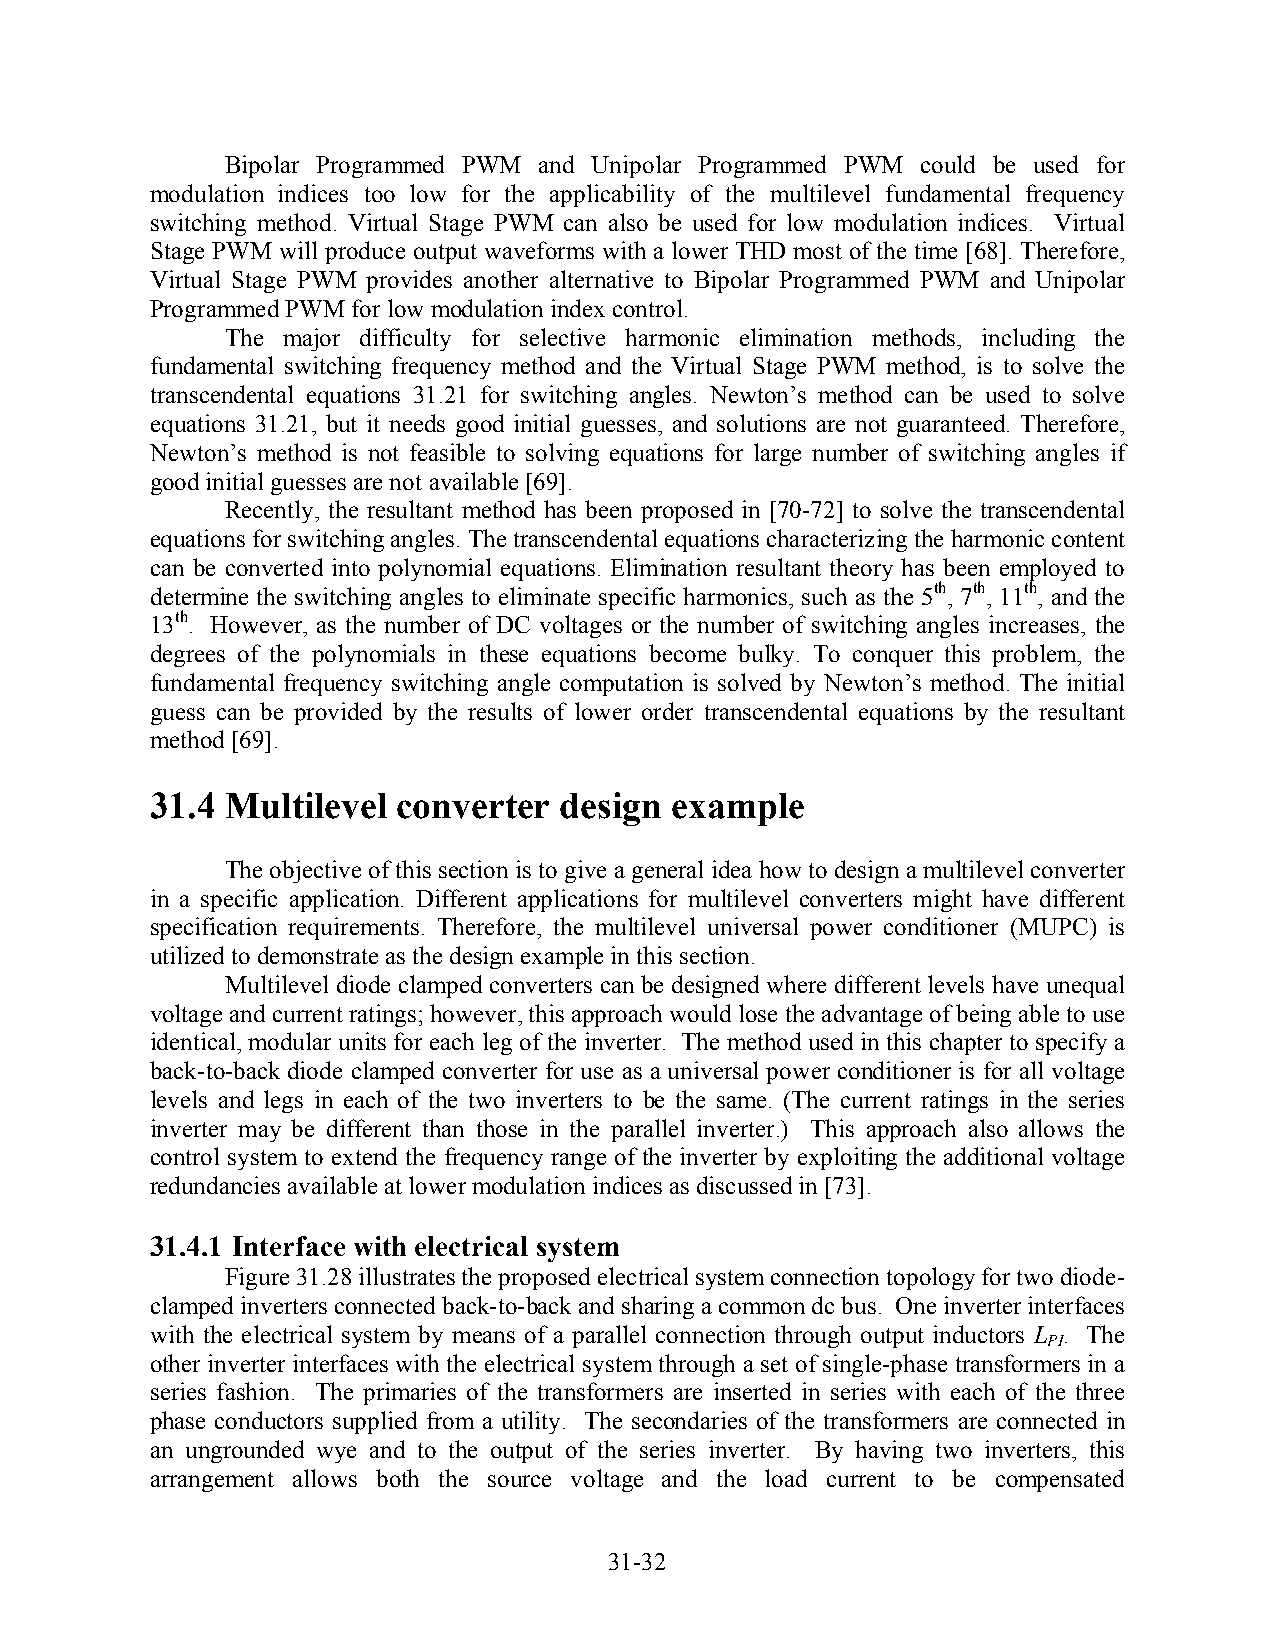
Bipolar Programmed PWM and Unipolar Programmed PWM could be used for
 modulation indices too low for the applicability of the multilevel fundamental frequency
 switching method. Virtual Stage PWM can also be used for low modulation indices. Virtual
 Stage PWM will produce output waveforms with a lower THD most of the time [68]. Therefore,
 Virtual Stage PWM provides another alternative to Bipolar Programmed PWM and Unipolar
 Programmed PWM for low modulation index control.
 The major difficulty for selective harmonic elimination methods, including the
 fundamental switching frequency method and the Virtual Stage PWM method, is to solve the
 transcendental equations 31.21 for switching angles. Newton’s method can be used to solve
 equations 31.21, but it needs good initial guesses, and solutions are not guaranteed. Therefore,
 Newton’s method is not feasible to solving equations for large number of switching angles if
 good initial guesses are not available [69].
 Recently, the resultant method has been proposed in [70-72] to solve the transcendental
 equations for switching angles. The transcendental equations characterizing the harmonic content
 can be converted into polynomial equations. Elimination resultant theory has been employed to
 determine the switching angles to eliminate specific harmonics, such as the 5th, 7th, 11th, and the
 13th. However, as the number of DC voltages or the number of switching angles increases, the
 degrees of the polynomials in these equations become bulky. To conquer this problem, the
 fundamental frequency switching angle computation is solved by Newton’s method. The initial
 guess can be provided by the results of lower order transcendental equations by the resultant
 method [69].
 31.4 Multilevel converter  design example
 The objective of this section is to give a general idea how to design a multilevel converter
 in a specific application. Different applications for multilevel converters might have different
 specification requirements. Therefore, the multilevel universal power conditioner (MUPC) is
 utilized to demonstrate as the design example in this section.
 Multilevel diode clamped converters can be designed where different levels have unequal
 voltage and current ratings; however, this approach would lose the advantage of being able to use
 identical, modular units for each leg of the inverter. The method used in this chapter to specify a
 back-to-back diode clamped converter for use as a universal power conditioner is for all voltage
 levels and legs in each of the two inverters to be the same. (The current ratings in the series
 inverter may be different than those in the parallel inverter.) This approach also allows the
 control system to extend the frequency range of the inverter by exploiting the additional voltage
 redundancies available at lower modulation indices as discussed in [73].
 31.4.1 Interface with electrical system
 Figure 31.28 illustrates the proposed electrical system connection topology for two diode-
 clamped inverters connected back-to-back and sharing a common dc bus. One inverter interfaces
 with the electrical system by means of a parallel connection through output inductors L . The
 PI
 other inverter interfaces with the electrical system through a set of single-phase transformers in a
 series fashion. The primaries of the transformers are inserted in series with each of the three
 phase conductors supplied from a utility. The secondaries of the transformers are connected in
 an ungrounded wye and to the output of the series inverter. By having two inverters, this
 arrangement allows both the source voltage and the load current to be compensated
 31-32